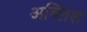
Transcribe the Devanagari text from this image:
अब्लिश